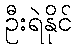
ဦးရဲနိုင်